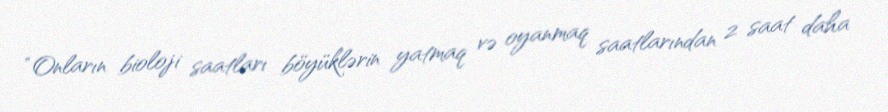
“Onların bioloji saatları böyüklərin yatmaq və oyanmaq saatlarından 2 saat daha